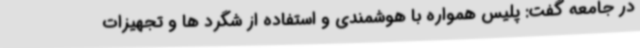
در جامعه گفت: پلیس همواره با هوشمندی و استفاده از شگرد ها و تجهیزات